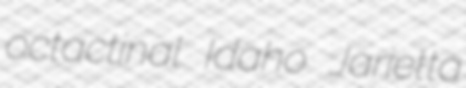
octactinal Idaho Jarietta